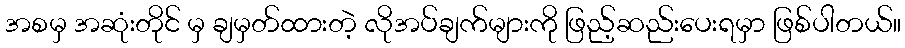
အစမှ အဆုံးတိုင် မှ ချမှတ်ထားတဲ့ လိုအပ်ချက်များကို ဖြည့်ဆည်းပေးရမှာ ဖြစ်ပါတယ်။